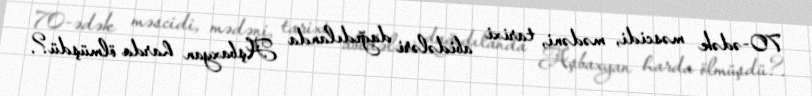
70-ədək məscidi, mədəni, tarixi abidələri dağıdılanda Aşbaxyan harda ölmüşdü?.